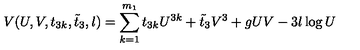
V ( U , V , t _ { 3 k } , \tilde { t } _ { 3 } , l ) = \sum _ { k = 1 } ^ { m _ { 1 } } t _ { 3 k } U ^ { 3 k } + \tilde { t } _ { 3 } V ^ { 3 } + g U V - 3 l \log U